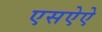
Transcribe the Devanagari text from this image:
एसऐऐ